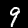
Label: 9